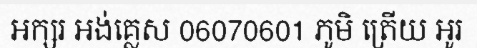
អក្សរ អង់គ្លេស 06070601 ភូមិ ត្រើយ អូរ